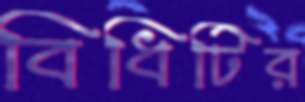
বিধিটির